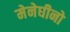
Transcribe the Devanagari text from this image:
मेनेघीनो